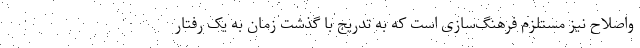
واصلاح نیز مستلزم فرهنگ‌سازی است که به تدریج با گذشت زمان به یک رفتار